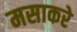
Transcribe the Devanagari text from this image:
मसाकरे